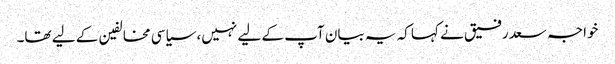
خواجہ سعد رفیق نے کہا کہ یہ بیان آپ کے لیے نہیں، سیاسی مخالفین کے لیے تھا۔